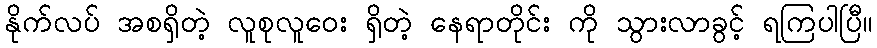
နိုက်လပ် အစရှိတဲ့ လူစုလူဝေး ရှိတဲ့ နေရာတိုင်း ကို သွားလာခွင့် ရကြပါပြီ။